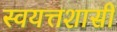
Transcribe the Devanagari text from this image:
स्वयत्तशासी